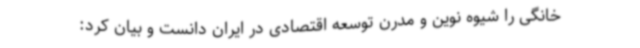
خانگی را شیوه نوین و مدرن توسعه اقتصادی در ایران دانست و بیان کرد: